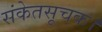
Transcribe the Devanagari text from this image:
संकेतसूचक।